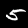
Label: 5